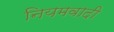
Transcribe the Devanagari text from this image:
नियमवादी